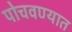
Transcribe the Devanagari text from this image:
पोचवण्यात